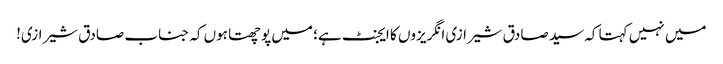
میں نہیں کہتا کہ سید صادق شیرازی انگریزوں کا ایجنٹ ہے؛ میں پوچھتا ہوں کہ جناب صادق شیرازی!